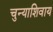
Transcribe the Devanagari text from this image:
चुन्याशिवाय